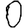
Digit: 0